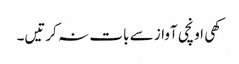
کھی اونچی آواز سے بات نہ کرتیں۔